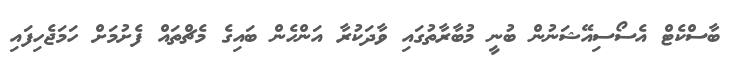
ބާސްކެޓް އެސޯސިއޭޝަނުން ބުނީ މުބާރާތުގައި ވާދަކުރާ އަންހެން ބައިގެ މެޗްތައް ފެށުމަށް ހަމަޖެހިފައި